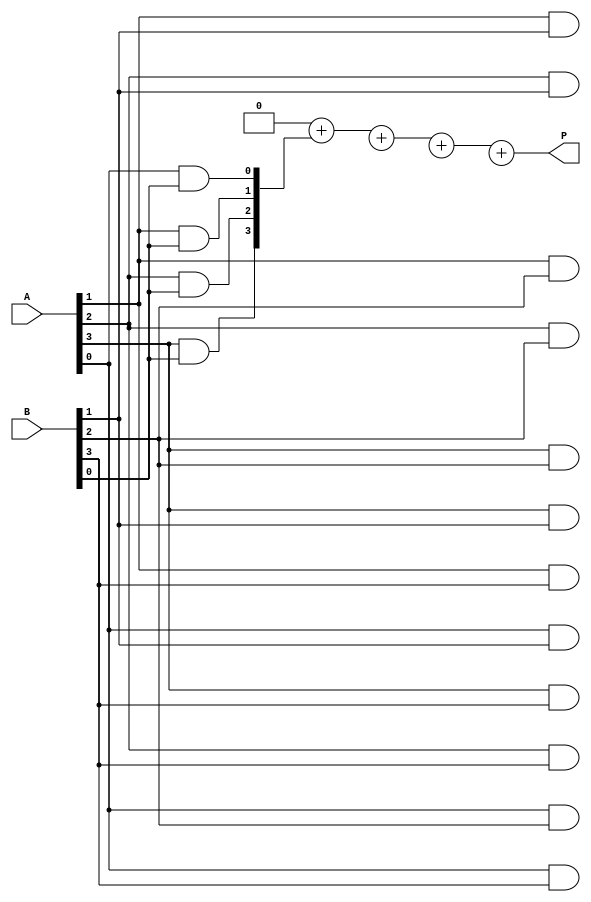
module VedicMultiplier #(parameter N = 4) (
    input  [N-1:0] A, // N-bit input A
    input  [N-1:0] B, // N-bit input B
    output reg [2*N-1:0] P // (2N)-bit output product
);
    reg [2*N-1:0] partial_products [0:N-1]; // Array to hold partial products

    integer i, j;

    always @(*) begin
        // Initialize product to 0
        P = 0;

        // Generate partial products
        for (i = 0; i < N; i = i + 1) begin
            for (j = 0; j < N; j = j + 1) begin
                // For each bit of B, multiply it with A shifted by j
                partial_products[i][i+j] = A[j] & B[i]; // Generate partial product
            end
        end

        // Sum partial products
        for (i = 0; i < N; i = i + 1) begin
            P = P + partial_products[i];
        end
    end

endmodule